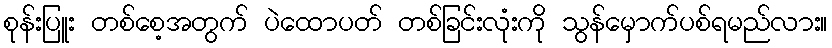
စုန်းပြူး တစ်စေ့အတွက် ပဲထောပတ် တစ်ခြင်းလုံးကို သွန်မှောက်ပစ်ရမည်လား။